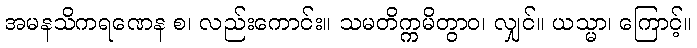
အမနသိကရဏေန စ၊ လည်းကောင်း။ သမတိက္ကမိတွာဝ၊ လျှင်။ ယသ္မာ၊ ကြောင့်။